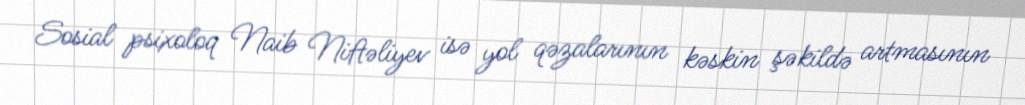
Sosial psixoloq Naib Niftəliyev isə yol qəzalarının kəskin şəkildə artmasının